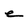
Character: e